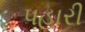
પહારી